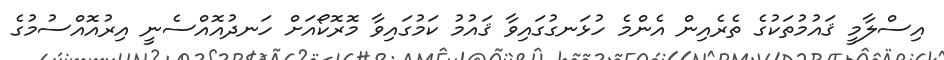
އިސްލާމީ ޤައުމުތަކުގެ ތެރެއިން އެންމެ ހުޅަނގުގައިވާ ޤައުމު ކަމުގައިވާ މޮރޮކޯއަށް ހަނދުއޮއްސެނީ އިރުއޮއްސުމުގެ